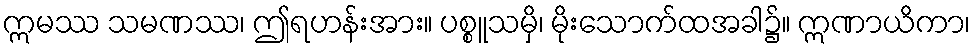
ဣမဿ သမဏဿ၊ ဤရဟန်းအား။ ပစ္စူသမှိ၊ မိုးသောက်ထအခါ၌။ ဣဏာယိကာ၊